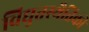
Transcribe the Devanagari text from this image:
विद्युतस्थैतिकी